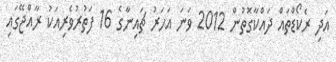
އަދި ރެކޯޑްތައް ދައްކާގޮތުން 2012 ވަނަ އަހަރު ޗައިނާގެ 16 ފަތުރުވެރިއަކު ރާއްޖޭގައި